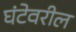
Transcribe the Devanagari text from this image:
घंटेवरील